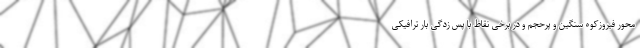
محور فیروزکوه سنگین و پرحجم و در برخی نقاط با پس زدگی بار ترافیکی